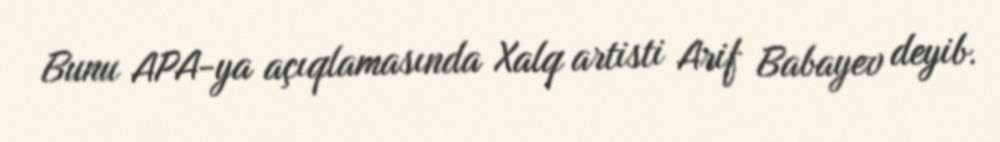
Bunu APA-ya açıqlamasında Xalq artisti Arif Babayev deyib.